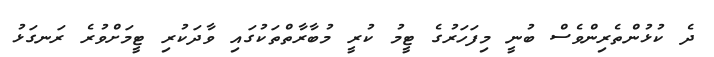
ދެ ކުޅުންތެރިންވެސް ބުނީ މިފަހަރުގެ ޓީމު ކުރީ މުބާރާތްތަކުގައި ވާދަކުރި ޓީމަށްވުރެ ރަނގަޅު